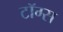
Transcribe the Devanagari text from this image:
टॉग्स